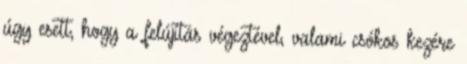
úgy esett, hogy a felújítás végeztével, valami csókos kezére